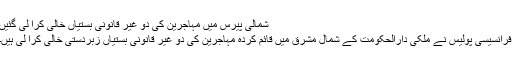
شمالی پیرس میں مہاجرین کی دو غیر قانونی بستیاں خالی کرا لی گئیں
فرانسیسی پولیس نے ملکی دارالحکومت کے شمال مشرق میں قائم کردہ مہاجرین کی دو غیر قانونی بستیاں زبردستی خالی کرا لی ہیں۔